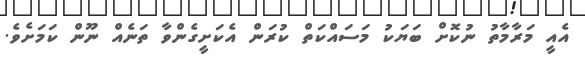
އެއީ މަރާމާތު ނުކޮށް ބަޔަކު މަސައްކަތް ކުރަން އެކަށީގެންވާ ތަނެއް ނޫން ކަމަށެވެ.